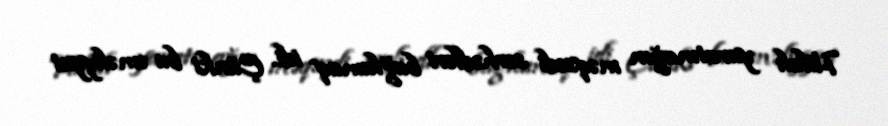
Hilalı yaratmağın məqsədi sərhədləri bağlamaq idi. Çünki bu əməliyyat